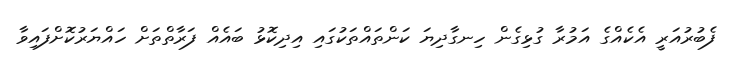
ފެބުރުއަރީ އެކެއްގެ އަމުރާ ގުޅިގެން ހިނގާދިޔަ ކަންތައްތަކުގައި އިދިކޮޅު ބައެއް ފަރާތްތަށް ހައްޔަރުކޮށްފައިވާ